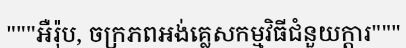
"""អឺរ៉ុប, ចក្រភពអង់គ្លេសកម្មវិធីជំនួយក្តារ"""